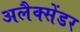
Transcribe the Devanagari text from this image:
अलैक्सेंडर